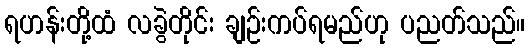
ရဟန်းတို့ထံ လခွဲတိုင်း ချဉ်းကပ်ရမည်ဟု ပညတ်သည်။